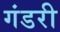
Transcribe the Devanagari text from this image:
गंडरी